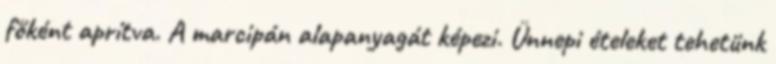
főként aprítva. A marcipán alapanyagát képezi. Ünnepi ételeket tehetünk